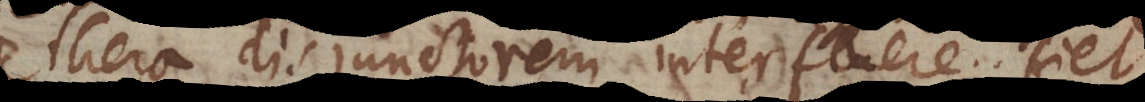
Aethera disjunctorem interfluere; fiet